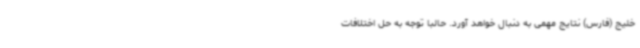
خلیج (فارس) نتایج مهمی به دنبال خواهد آورد. حالبا توجه به حل اختلافات